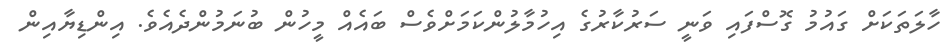
ހާލަތަކަށް ގައުމު ގޮސްފައި ވަނީ ސަރުކާރުގެ އިހުމާލުންކަމަށްވެސް ބައެއް މީހުން ބުނަމުންދެއެވެ. އިންޑިޔާއިން